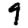
Digit: 9